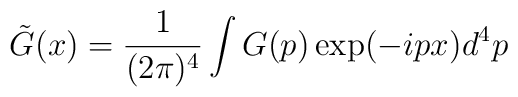
\tilde{G}(x)=\frac{1}{(2\pi )^{4}}\int G(p)\exp (-ipx)d^{4}p